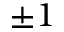
\pm 1